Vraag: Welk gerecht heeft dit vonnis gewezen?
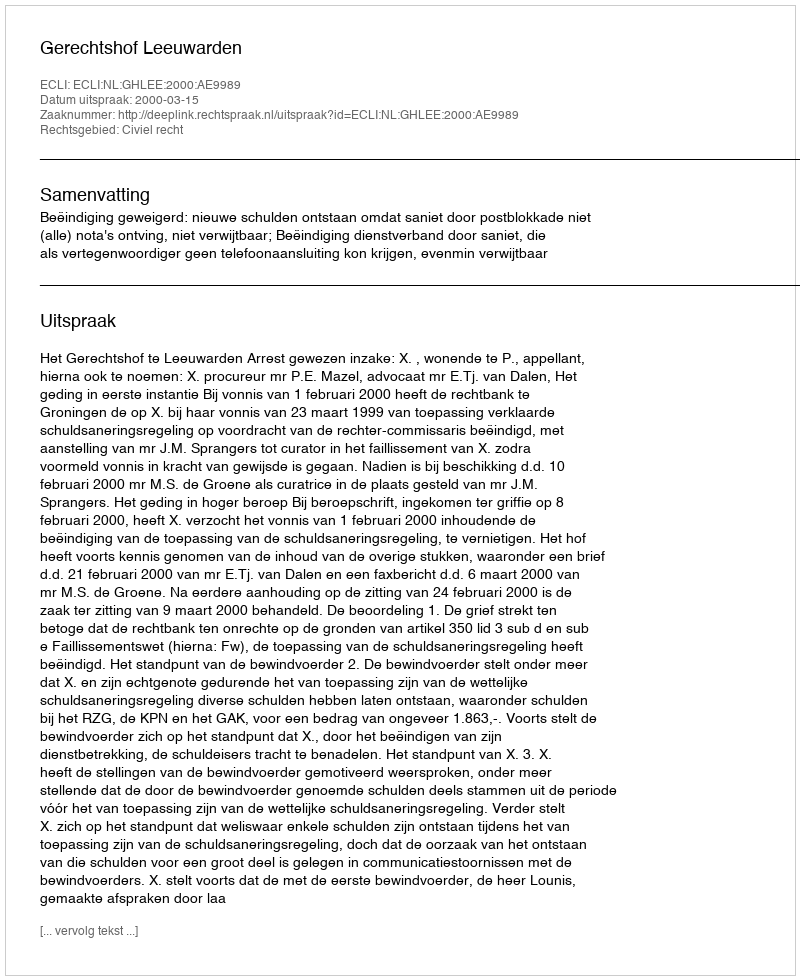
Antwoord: Gerechtshof Leeuwarden